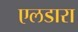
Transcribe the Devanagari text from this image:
एलडारा